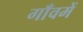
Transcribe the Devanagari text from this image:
गाँवमें